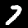
Digit: 7